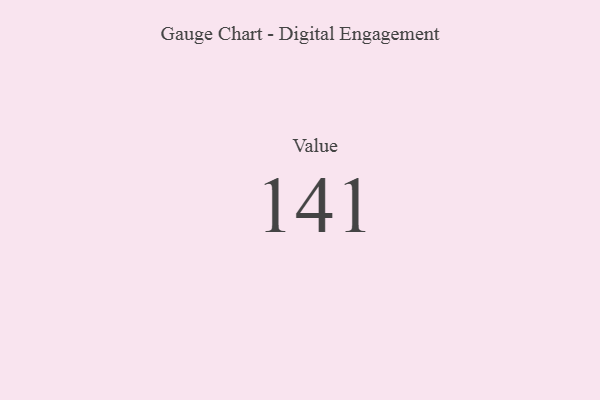
{"axis": {"x": "Metric", "y": "Value"}, "legend": [""], "data": [{"x": "Value", "y": 141, "type": ""}]}